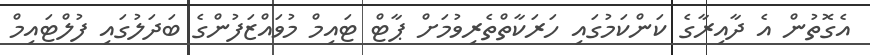
އެގޮތުން އެ ދާއިރާގެ ކަންކަމުގައި ހަރަކާތްތެރިވުމަށް ޕާޓް ޓައިމް މުވައްޒަފުންގެ ބަދަލުގައި ފުލްޓައިމް